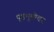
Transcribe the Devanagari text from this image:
पृष्ठभूमीवर